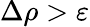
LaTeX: \Delta\rho>\varepsilon